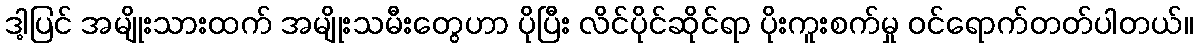
ဒါ့ပြင် အမျိုးသားထက် အမျိုးသမီးတွေဟာ ပိုပြီး လိင်ပိုင်ဆိုင်ရာ ပိုးကူးစက်မှု ဝင်ရောက်တတ်ပါတယ်။